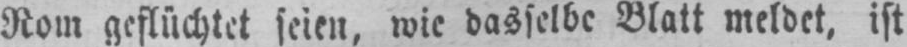
Rom geflüchtet seien, wie dasselbe Blatt meldet, ist